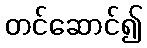
တင်ဆောင်၍